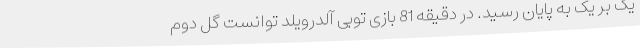
یک بر یک به پایان رسید. در دقیقه 81 بازی توبی آلدرویلد توانست گل دوم